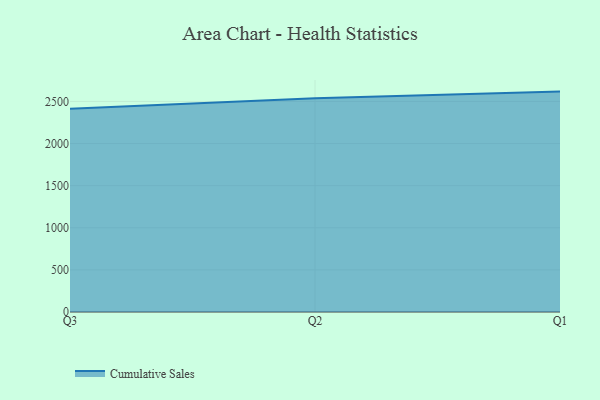
{"axis": {"x": "Quarter", "y": "Page Views"}, "legend": ["Cumulative Sales"], "data": [{"x": "Q3", "y": 2412.3, "type": "Cumulative Sales"}, {"x": "Q2", "y": 2536.5, "type": "Cumulative Sales"}, {"x": "Q1", "y": 2616.3, "type": "Cumulative Sales"}]}